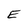
Character: E